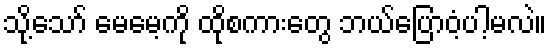
သို့သော် မေမေ့ကို ထိုစကားတွေ ဘယ်ပြောဝံ့ပါ့မလဲ။